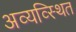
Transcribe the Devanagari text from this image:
अव्यव्स्थित